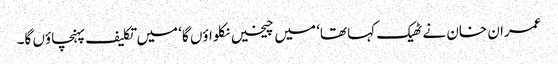
عمران خان نے ٹھیک کہا تھا‘ میں چیخیں نکلواؤں گا‘ میں تکلیف پہنچاؤں گا۔